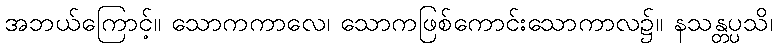
အဘယ်ကြောင့်။ သောကကာလေ၊ သောကဖြစ်ကောင်းသောကာလ၌။ နသန္တပ္ပသိ၊